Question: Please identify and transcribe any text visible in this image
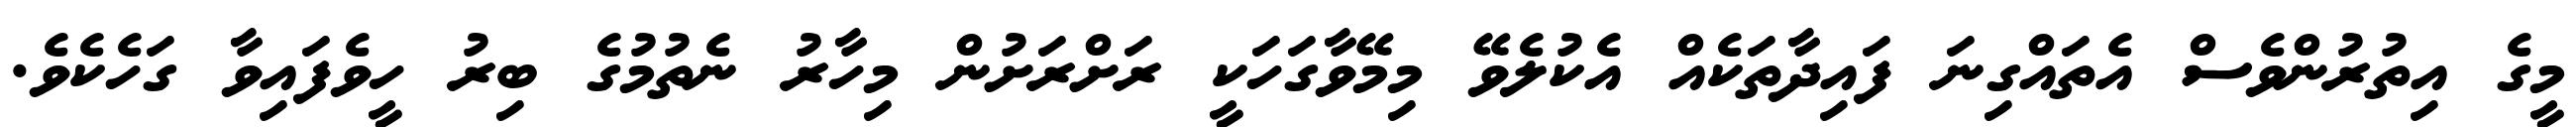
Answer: މީގެ އިތުރުންވެސް އެތައްގިނަ ފައިދާތަކެއް އެކުލެވޭ މިމޭވާގަހަކީ ރަށްރަށުން މިހާރު ނެތުމުގެ ބިރު ހީވެފައިވާ ގަހެކެވެ.